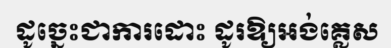
ដូច្នេះជាការដោះ ដូរឱ្យអង់គ្លេស